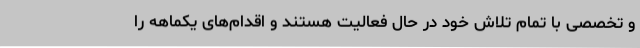
و تخصصی با تمام تلاش خود در حال فعالیت هستند و اقدام‌های یکماهه را